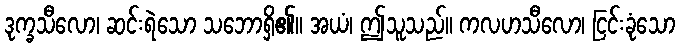
ဒုက္ခသီလော၊ ဆင်းရဲသော သဘောရှိ၏။ အယံ၊ ဤသူသည်။ ကလဟသီလော၊ ငြင်းခုံသော